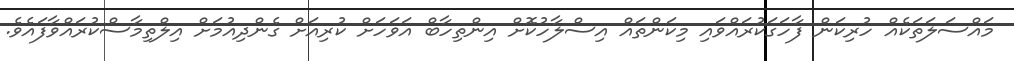
މައްސަލަތަކެއް ހުރިކަން ފާހަގަކުރައްވައި މިކަންތައް އިސްލާހުކޮށް އިންތިހާބް އަވަހަށް ކުރިއަށް ގެންދިއުމަށް އިލްތިމާސްކުރައްވާފައެވެ.